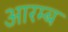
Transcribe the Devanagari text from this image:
आरम्ब